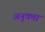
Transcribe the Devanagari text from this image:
अनुक्ता